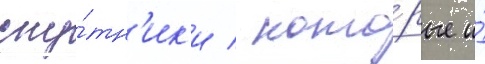
спу́тн'ик'и / кото́рые и́